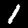
Label: 1